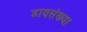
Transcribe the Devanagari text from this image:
डावसंख्या